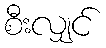
စီးလျှင်